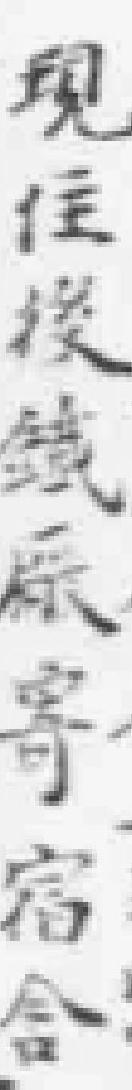
现住授鐵厰寄宿舍